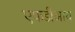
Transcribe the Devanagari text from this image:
एफडीआय